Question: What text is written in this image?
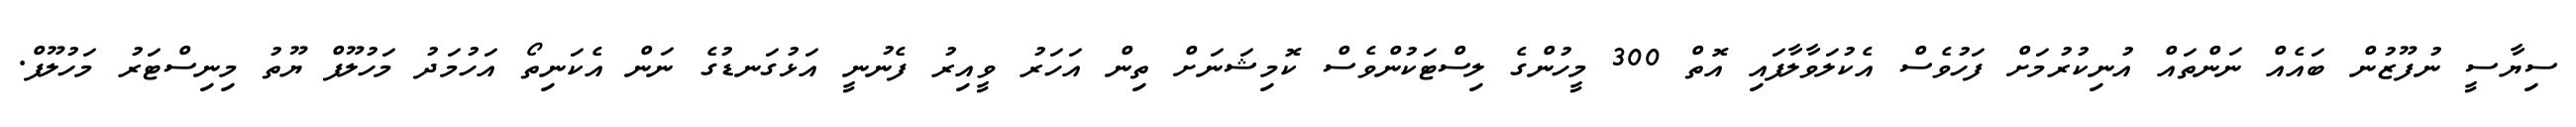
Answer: ސިޔާސީ ނުފޫޒުން ބައެއް ނަންތައް އުނިކުރުމަށް ފަހުވެސް އެކުލަވާލާފައި އޮތް 300 މީހުންގެ ލިސްޓަކުންވެސް ކޮމިޝަނަށް ތިން އަހަރު ވީއިރު ފެނުނީ އަޅުގަނޑުގެ ނަން އެކަނިތޯ އަހުމަދު މަހުލޫފް ޔޫތު މިނިސްޓަރު މަހުލޫފް.